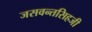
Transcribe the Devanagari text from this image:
जसवन्तसिहजी